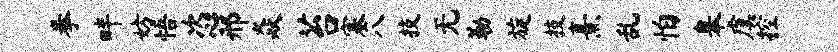
拳畔妨悟恣邢焱苔塞八技无勒旋技熹乱怕皋虞控